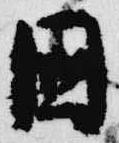
国